Code of medical and sanitary regulations for the guidance of medical officers serving in the Madras Presidency - Volume I
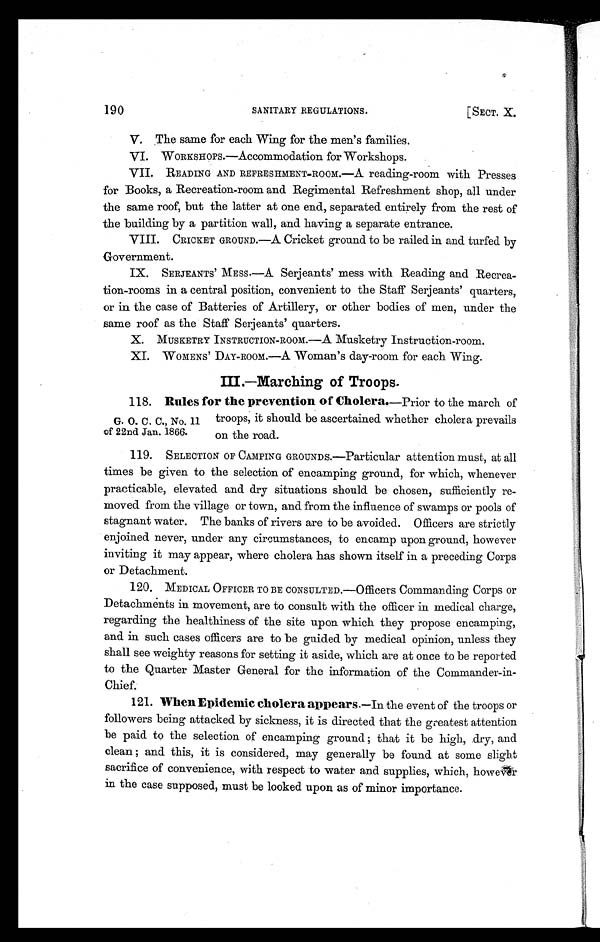
190
SANITARY REGULATIONS.
[SECT. X.
V. The same for each Wing for the men's families.
VI. WORKSHOPS.—Accommodation for Workshops.
VII. READING AND REFRESHMENT-ROOM.—A reading-room with Presses
for Books, a Recreation-room and Regimental Refreshment shop, all under
the same roof, but the latter at one end, separated entirely from the rest of
the building by a partition wall, and having a separate entrance.
VIII. CRICKET GROUND.—A Cricket ground to be railed in and turfed by
Government.
IX. SERJEANTS ' MESS.—A Serjeants' mess with Reading and Recrea-
tion-rooms in a central position, convenient to the Staff Serjeants' quarters,
or in the case of Batteries of Artillery, or other bodies of men, under the
same roof as the Staff Serjeants' quarters.
X. MUSKETRY INSTRUCTION-ROOM.—A Musketry Instruction-room.
XI. WOMENS ' DAY-ROOM.—A Woman's day-room for each Wing.
III.—Marching of Troops.
G. O. C. C., No. 11
of 22nd Jan. 1866.
118. Rules for the prevention of Cholera.— Prior to the march of
troops, it should be ascertained whether cholera prevails
on the road.
119. SELECTION OF CAMPING GROUNDS.—Particular attention must, at all
times be given to the selection of encamping ground, for which, whenever
practicable, elevated and dry situations should be chosen, sufficiently re-
moved from the village or town, and from the influence of swamps or pools of
stagnant water. The banks of rivers are to be avoided. Officers are strictly
enjoined never, under any circumstances, to encamp upon ground, however
inviting it may appear, where cholera has shown itself in a preceding Corps
or Detachment.
120. MEDICAL OFFICER TO BE CONSULTED.—Officers C o m m a n d i n g C o r p s o r
Detachments in movement, are to consult with the officer in medical charge,
regarding the healthiness of the site upon which they propose encamping,
and in such cases officers are to be guided by medical opinion, unless they
shall see weighty reasons for setting it aside, which are at once to be reported
to the Quarter Master General for the information of the Commander-in-
Chief.
121. When Epidemic cholera appears. —In the event of the troops or
followers being attacked by sickness, it is directed that the greatest attention
be paid to the selection of encamping ground ; that it be high, dry, and
clean ; and this, it is considered, may generally be found at some slight
sacrifice of convenience, with respect to water and supplies, which, however
in the case supposed, must be looked upon as of minor importance.